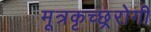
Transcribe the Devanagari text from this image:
मूत्रकृच्छ्ररोगी